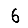
Digit: 6